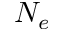
N _ { e }